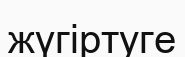
жүгіртуге